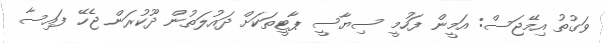
ވަގުތު އިމޭޖަސް: އަމީން ފަހުމީ ސިޔާސީ ޕާޓީތަކަށް ދައުލަތުން ދޫކުރަން ޖެހޭ ފައިސާ